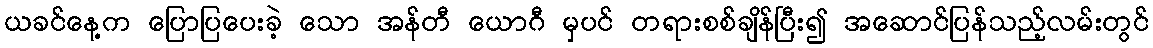
ယခင်နေ့က ပြောပြပေးခဲ့ သော အန်တီ ယောဂီ မှပင် တရားစစ်ချိန်ပြီး၍ အဆောင်ပြန်သည့်လမ်းတွင်